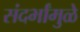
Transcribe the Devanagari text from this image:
संदर्भांमुळे